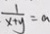
\frac { 1 } { x + y } = a